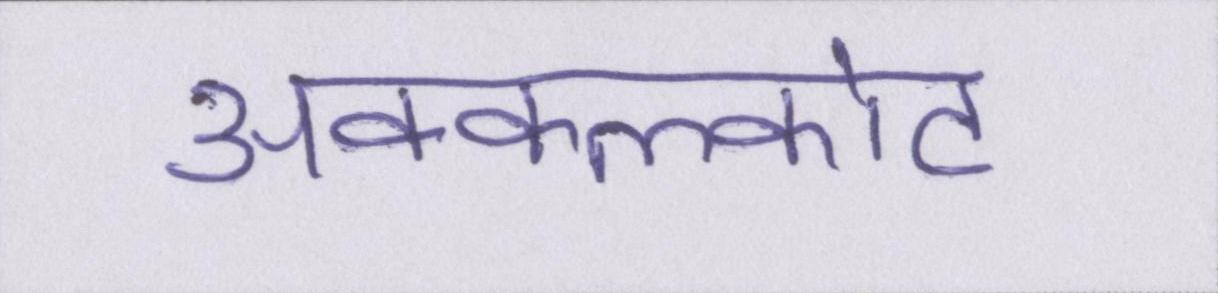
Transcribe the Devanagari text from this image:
अक्कलकोट